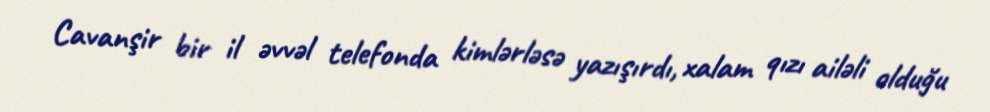
Cavanşir bir il əvvəl telefonda kimlərləsə yazışırdı, xalam qızı ailəli olduğu